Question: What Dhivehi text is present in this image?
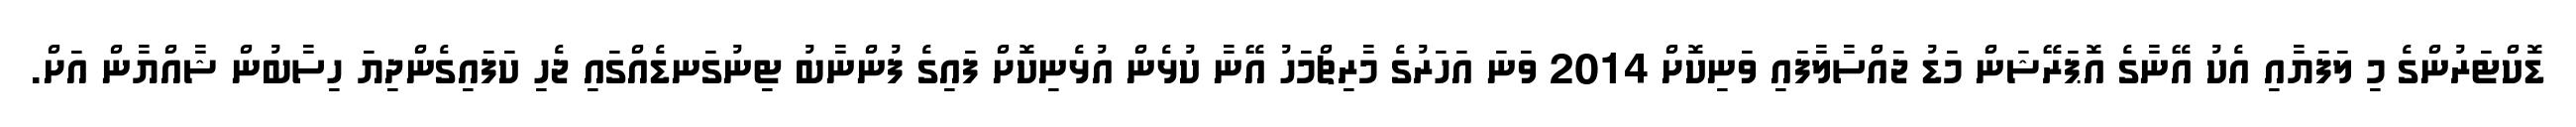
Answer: ޑޮކްޓަރުންގެ މި ލަފަޔާއި އެކު އޭނާގެ އޮޕަރޭޝަން މަޑު ޖައްސާލާފައި ވަނިކޮށް 2014 ވަނަ އަހަރުގެ މާރިޗްމަހު އޭނާ ކުޅެން އުޅެނިކޮށް ފައިގެ ފުންނާބު ޓިނުގަނޑެއްގައި ޖެހި ކަފައިގެންދިޔަ ހިސާބުން ޝާއްޔާން އަށް.